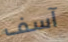
آسف